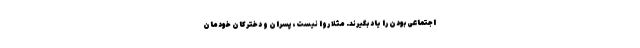
اجتماعی بودن را یاد بگیرند. مثلا روا نیست، پسران و دخترکان خودمان